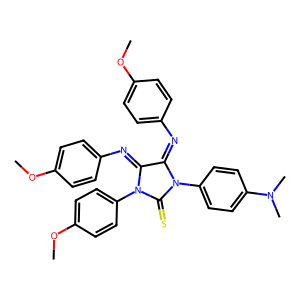
SMILES: COc1ccc(N=C2C(=Nc3ccc(OC)cc3)N(c3ccc(N(C)C)cc3)C(=S)N2c2ccc(OC)cc2)cc1
Inhibits HIV replication: No